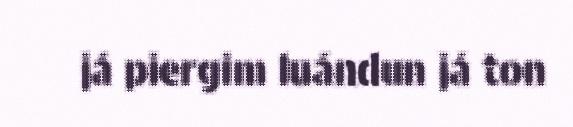
já piergim luándun já ton